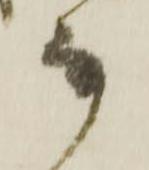
な